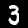
Digit: 3